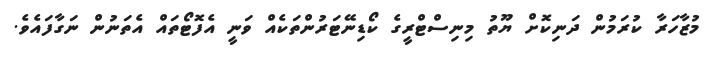
މުޒާހަރާ ކުރަމުން ދަނިކޮށް ޔޫތު މިނިސްޓްރީގެ ކޯޑިނޭޓަރުންތަކެއް ވަނީ އެފޮޓޯތައް އެތަނުން ނަގާފައެވެ.